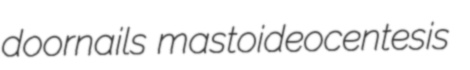
doornails mastoideocentesis